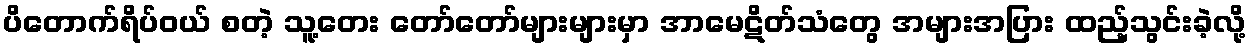
ပိတောက်ရိပ်ဝယ် စတဲ့ သူ့တေး တော်တော်များများမှာ အာမေဋိတ်သံတွေ အများအပြား ထည့်သွင်းခဲ့လို့